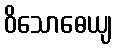
ဝိသောဓေယျ